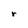
Character: r